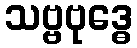
သဗ္ဗဗုဒ္ဓေ